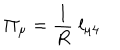
\Pi _ { \mu } = \frac { 1 } { R } \; l _ { \mu 4 }